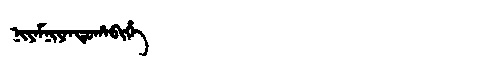
Manchu: ᠨᡳᠶᠠᠮᠨᡳᠶᠠᠨᡩᡠᡥᠠᠪᡳᡥᡝ
Romanization: NIYAMNIYANDUHABIHE